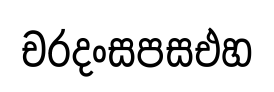
චරදංසපසඑහ